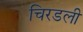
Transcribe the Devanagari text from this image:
चिरडली